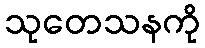
သုတေသနကို